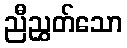
ညီညွှတ်သော